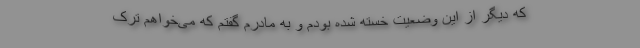
که دیگر از این وضعیت خسته شده بودم و به مادرم گفتم که می‌خواهم ترک